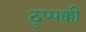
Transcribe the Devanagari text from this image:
ठुप्पक्की